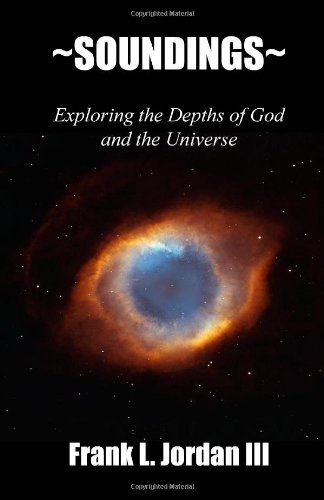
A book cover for ~Soundings~: Exploring the Depths of God and the Universe; Frank L. Jordan III; Christian Books & Bibles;